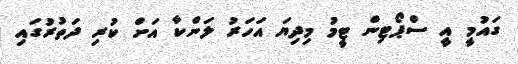
ގައުމީ އީ ސްޕޯޓިން ޓީމު މިދިޔަ އަހަރު ލަންކާ އަށް ކުރި ދަތުރުގައި